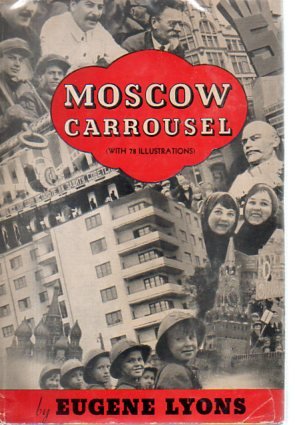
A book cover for Moscow carrousel; Eugene Lyons; Travel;